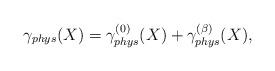
LaTeX: \begin{align*}\gamma_{phys} (X) = \gamma^{(0)}_{phys} (X) + \gamma^{(\beta)}_{phys} (X) , \end{align*}